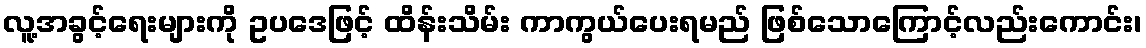
လူ့အခွင့်ရေးများကို ဥပဒေဖြင့် ထိန်းသိမ်း ကာကွယ်ပေးရမည် ဖြစ်သောကြောင့်လည်းကောင်း၊